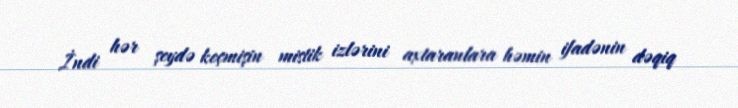
İndi hər şeydə keçmişin mistik izlərini axtaranlara həmin ifadənin dəqiq